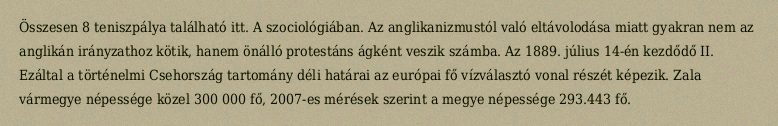
Összesen 8 teniszpálya található itt. A szociológiában. Az anglikanizmustól való eltávolodása miatt gyakran nem az anglikán irányzathoz kötik, hanem önálló protestáns ágként veszik számba. Az 1889. július 14-én kezdődő II. Ezáltal a történelmi Csehország tartomány déli határai az európai fő vízválasztó vonal részét képezik. Zala vármegye népessége közel 300 000 fő, 2007-es mérések szerint a megye népessége 293.443 fő.